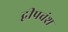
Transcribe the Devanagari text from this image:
द्वीपवंश